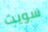
سويت